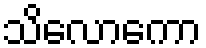
သိလောကော